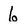
Character: 6